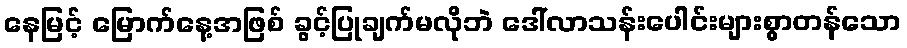
နေမြင့် မြောက်နေ့အဖြစ် ခွင့်ပြုချက်မလိုဘဲ ဒေါ်လာသန်းပေါင်းများစွာတန်သော